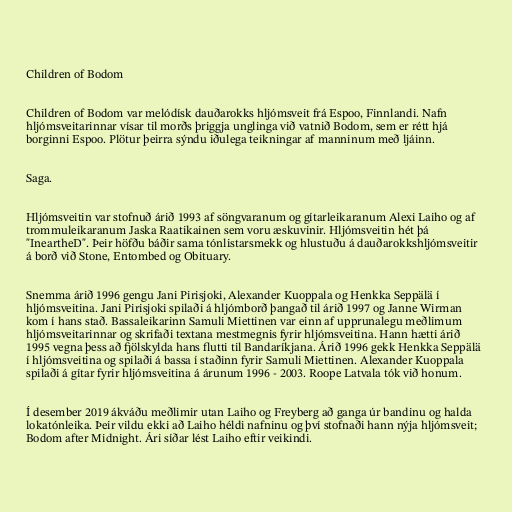
Children of Bodom

Children of Bodom var melódísk dauðarokks hljómsveit frá Espoo, Finnlandi. Nafn
hljómsveitarinnar vísar til morðs þriggja unglinga við vatnið Bodom, sem er rétt hjá
borginni Espoo. Plötur þeirra sýndu iðulega teikningar af manninum með ljáinn.

Saga.

Hljómsveitin var stofnuð árið 1993 af söngvaranum og gítarleikaranum Alexi Laiho og af
trommuleikaranum Jaska Raatikainen sem voru æskuvinir. Hljómsveitin hét þá
"IneartheD". Þeir höfðu báðir sama tónlistarsmekk og hlustuðu á dauðarokkshljómsveitir
á borð við Stone, Entombed og Obituary.

Snemma árið 1996 gengu Jani Pirisjoki, Alexander Kuoppala og Henkka Seppälä í
hljómsveitina. Jani Pirisjoki spilaði á hljómborð þangað til árið 1997 og Janne Wirman
kom í hans stað. Bassaleikarinn Samuli Miettinen var einn af upprunalegu meðlimum
hljómsveitarinnar og skrifaði textana mestmegnis fyrir hljómsveitina. Hann hætti árið
1995 vegna þess að fjölskylda hans flutti til Bandaríkjana. Árið 1996 gekk Henkka Seppälä
í hljómsveitina og spilaði á bassa í staðinn fyrir Samuli Miettinen. Alexander Kuoppala
spilaði á gítar fyrir hljómsveitina á árunum 1996 - 2003. Roope Latvala tók við honum.

Í desember 2019 ákváðu meðlimir utan Laiho og Freyberg að ganga úr bandinu og halda
lokatónleika. Þeir vildu ekki að Laiho héldi nafninu og því stofnaði hann nýja hljómsveit;
Bodom after Midnight. Ári síðar lést Laiho eftir veikindi.